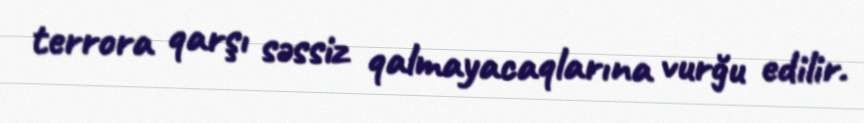
terrora qarşı səssiz qalmayacaqlarına vurğu edilir.